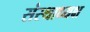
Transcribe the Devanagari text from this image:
संस्थाध्यक्ष